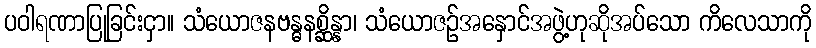
ပဝါရဏာပြုခြင်းငှာ။ သံယောဇနဗန္ဓနစ္ဆိန္နာ၊ သံယောဇဉ်အနှောင်အဖွဲ့ဟုဆိုအပ်သော ကိလေသာကို